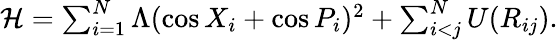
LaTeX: \begin{array}{r}{\mathcal{H}=\sum_{i=1}^{N}\Lambda(\cos X_{i}+\cos P_{i})^{2}+\sum_{i<j}^{N}U(R_{ij}).}\end{array}